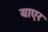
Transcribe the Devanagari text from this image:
याएर